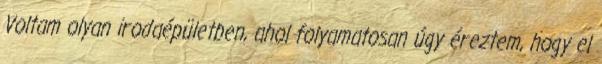
Voltam olyan irodaépületben, ahol folyamatosan úgy éreztem, hogy el